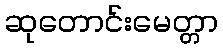
ဆုတောင်းမေတ္တာ